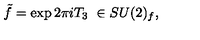
\tilde { f } = \exp 2 \pi i T _ { 3 } \ \in S U ( 2 ) _ { f } ,